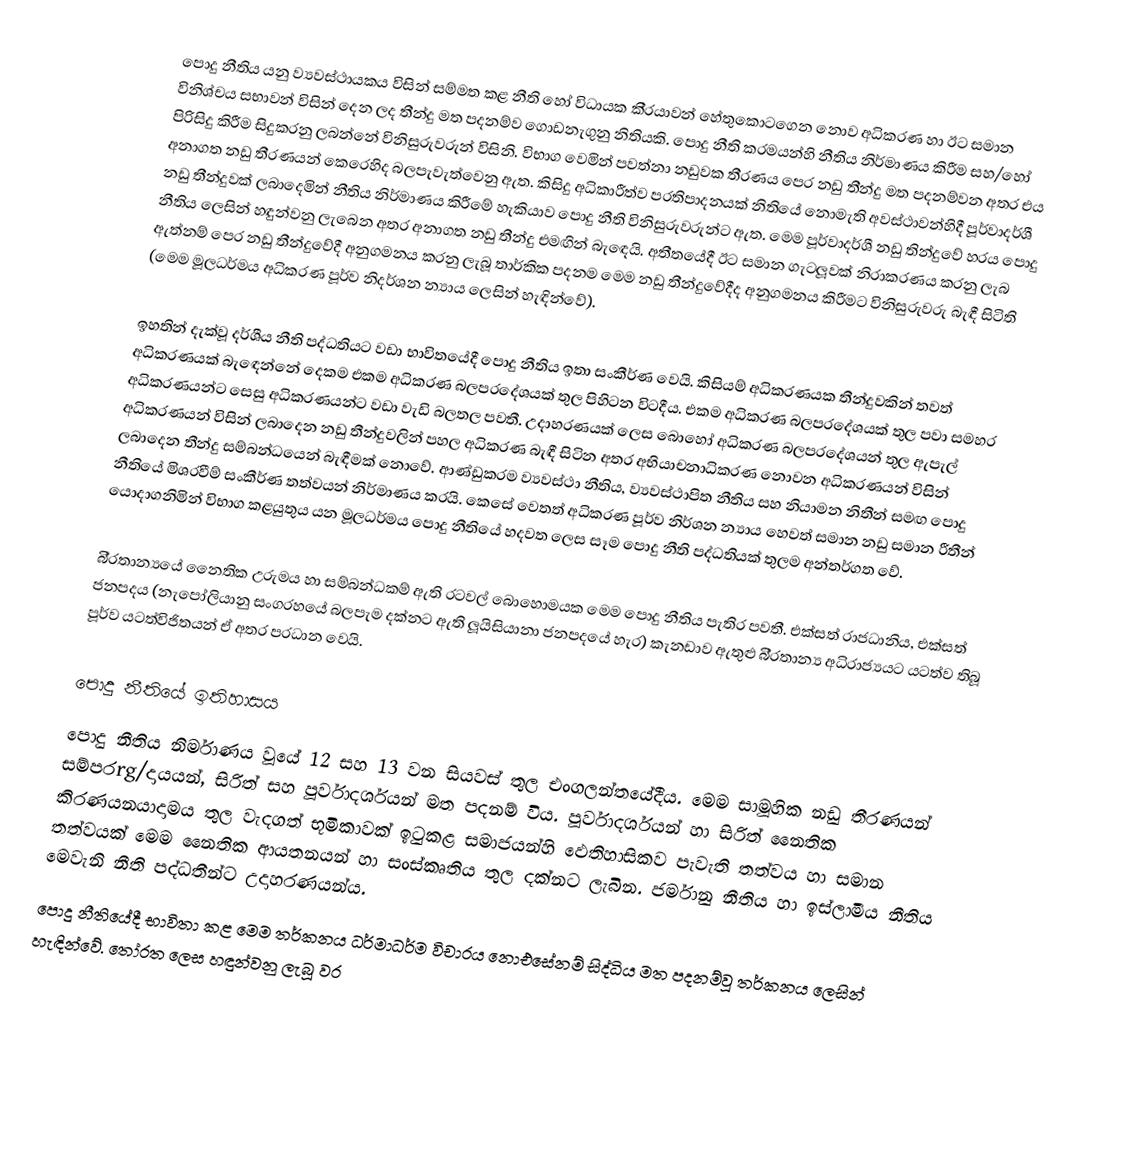
පොදු නීතිය යනු ව්‍යවස්ථායකය විසින් සම්මත කළ නීති හෝ විධායක කි‍්‍රයාවන් හේතුකොටගෙන නොව අධිකරණ හා ඊට සමාන විනිශ්චය සභාවන් විසින් දෙන ලද තීන්දු මත පදනම්ව ගොඩනැගුනු නිතියකි. පොදු නීති ක‍්‍රමයන්හි නීතිය නිර්මාණය කිරීම සහ/හෝ පිරිසිදු කිරීම සිදුකරනු ලබන්නේ විනිසුරුවරුන් විසිනි. විභාග වෙමින් පවත්නා නඩුවක තීරණය පෙර නඩු තීන්දු මත පදනම්වන අතර එය අනාගත නඩු තීරණයන් කෙරෙහිද බලපැවැත්වෙනු ඇත. කිසිදු අධිකාරීත්ව ප‍්‍රතිපාදනයක් නිතියේ නොමැති අවස්ථාවන්හිදී පූර්වාදර්ශී නඩු තීන්දුවක් ලබාදෙමින් නීතිය නිර්මාණය කිරීමේ හැකියාව පොදු නීති විනිසුරුවරුන්ට ඇත. මෙම පූර්වාදර්ශී නඩු තින්දුවේ හරය පොදු නීතිය ලෙසින් හඳුන්වනු ලැබෙන අතර අනාගත නඩු තීන්දු එමඟින් බැඳෙයි. අතීතයේදී ඊට සමාන ගැටලූවක් නිරාකරණය කරනු ලැබ ඇත්නම් පෙර නඩු තීන්දුවේදී අනුගමනය කරනු ලැබූ තාර්කික පදනම මෙම නඩු තීන්දුවේදීද අනුගමනය කිරීමට විනිසුරුවරු බැඳී සිටිති (මෙම මූලධර්මය අධිකරණ පූර්ව නිදර්ශන න්‍යාය ලෙසින් හැඳින්වේ).

ඉහතින් දැක්වූ දර්ශීය නීති පද්ධතියට වඩා භාවිතයේදී පොදු නීතිය ඉතා සංකීර්ණ වෙයි. කිසියම් අධිකරණයක තීන්දුවකින් තවත් අධිකරණයක් බැඳෙන්නේ දෙකම එකම අධිකරණ බලප‍්‍රදේශයක් තුල පිහිටන විටදීය. එකම අධිකරණ බලප‍්‍රදේශයක් තුල පවා සමහර අධිකරණයන්ට සෙසු අධිකරණයන්ට වඩා වැඩි බලතල පවතී. උදාහරණයක් ලෙස බොහෝ අධිකරණ බලප‍්‍රදේශයන් තුල ඇපැල් අධිකරණයන් විසින් ලබාදෙන නඩු තීන්දුවලින් පහල අධිකරණ බැඳී සිටින අතර අභියාචනාධිකරණ නොවන අධිකරණයන් විසින් ලබාදෙන තීන්දු සම්බන්ධයෙන් බැඳීමක් නොවේ. ආණ්ඩුක‍්‍රම ව්‍යවස්ථා නීතිය, ව්‍යවස්ථාපිත නීතිය සහ නියාමන නිතීන් සමඟ පොදු නීතියේ මිශ‍්‍රවීම් සංකීර්ණ තත්වයන් නිර්මාණය කරයි. කෙසේ වෙතත් අධිකරණ පූර්ව නිර්ශන න්‍යාය හෙවත් සමාන නඩු සමාන රීතීන් යොදාගනිමින් විභාග කළයුතුය යන මූලධර්මය පොදු නීතියේ හදවත ලෙස සෑම පොදු නීති පද්ධතියක් තුලම අන්තර්ගත වේ.

බි‍්‍රතාන්‍යයේ නෛතික උරුමය හා සම්බන්ධකම් ඇති රටවල් බොහොමයක මෙම පොදු නීතිය පැතිර පවතී. එක්සත් රාජධානිය, එක්සත් ජනපදය (නැපෝලියානු සංග‍්‍රහයේ බලපැම දක්නට ඇති ලූයිසියානා ජනපදයේ හැර) කැනඩාව ඇතුළු බි‍්‍රතාන්‍ය අධිරාජ්‍යයට යටත්ව තිබූ පූර්ව යටත්විජිතයන් ඒ අතර ප‍්‍රධාන වෙයි.

පොදු නීතියේ ඉතිහාසය
පොදු නීතිය නිර්මාණය වූයේ 12 සහ 13 වන සියවස් තුල එංගලන්තයේදීය. මෙම සාමූහික නඩු තීරණයන් සම්පරrg/දායයන්, සිරිත් සහ පූර්වාදර්ශයන් මත පදනම් විය. පූර්වාදර්ශයන් හා සිරිත් නෛතික කිරණයනයාදාමය තුල වැදගත් භූමිකාවක් ඉටුකළ සමාජයන්හි ඵෙතිහාසිකව පැවැති තත්වය හා සමාන තත්වයක් මෙම නෛතික ආයතනයන් හා සංස්කෘතිය තුල දක්නට ලැබින. ජර්මානු නීතිය හා ඉස්ලාමීය නීතිය මෙවැනි නීති පද්ධතීන්ට උදාහරණයන්ය.
පොදු නීතියේදී භාවිතා කළ මෙම තර්කනය ධර්මාධර්ම විචාරය නොඑසේනම් සිද්ධිය මත පදනම්වූ තර්කනය ලෙසින් හැඳින්වේ. තෝරත ලෙස හඳුන්වනු ලැබූ වර